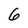
Character: 6